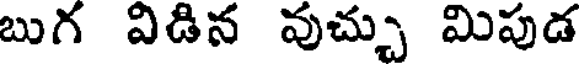
బుగ విడిన వుచ్చు మిపుడ